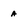
Character: a